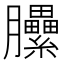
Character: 𰯬